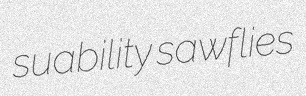
suability sawflies